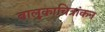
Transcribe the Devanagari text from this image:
बालुकाचित्रांकन